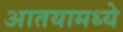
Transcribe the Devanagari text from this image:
आतयामध्ये